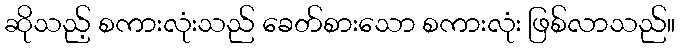
ဆိုသည့် စကားလုံးသည် ခေတ်စားသော စကားလုံး ဖြစ်လာသည်။